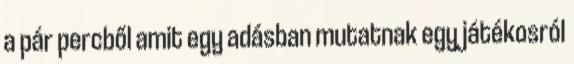
a pár percből amit egy adásban mutatnak egy játékosról